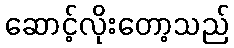
ဆောင့်လိုးတော့သည်